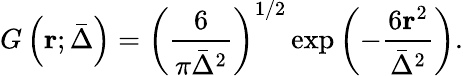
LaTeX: G\left(\mathbf{r};\bar{\Delta}\right)={{\left(\frac{6}{\pi{{\bar{\Delta}}^{2}}}\right)}^{1/2}}\exp\left(-\frac{6{{\mathbf{r}}^{2}}}{{{\bar{\Delta}}^{2}}}\right).